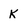
Character: K